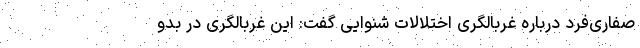
صفاری‌فرد درباره غربالگری اختلالات شنوایی گفت: این غربالگری در بدو